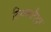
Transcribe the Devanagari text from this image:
तिरुकादैयूर